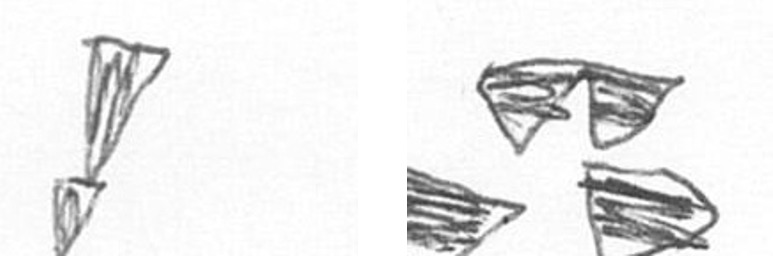
Z B